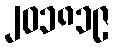
၂၀၁၈၁၉